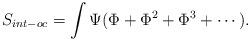
LaTeX: \begin{align*}S_{int-oc} = \int \Psi (\Phi + \Phi^2 + \Phi^3 + \cdots). \end{align*}